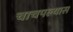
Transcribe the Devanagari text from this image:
चाचपल्यास